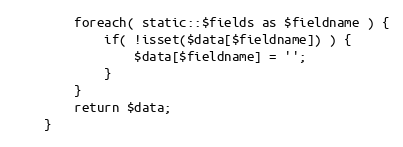
Language: PHP
		foreach( static::$fields as $fieldname ) {
			if( !isset($data[$fieldname]) ) {
				$data[$fieldname] = '';
			}
		}
		return $data;
	}